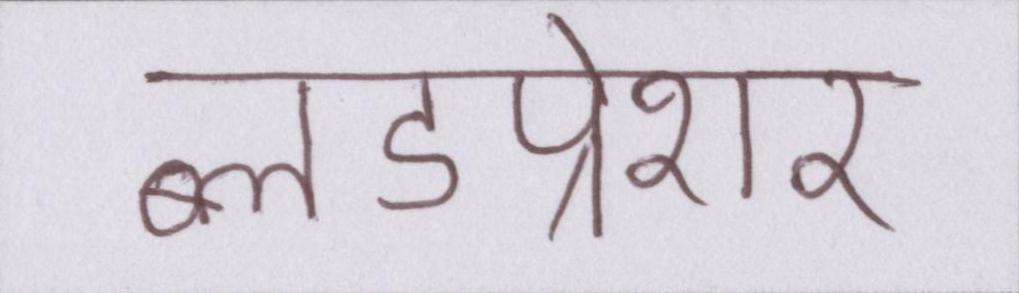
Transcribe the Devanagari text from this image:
ब्लडप्रेशर